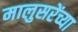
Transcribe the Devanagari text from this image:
मालुसरेंच्या